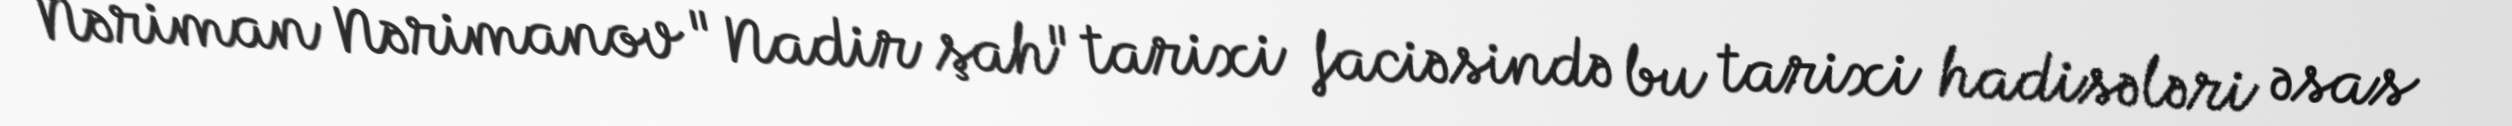
Nəriman Nərimanov "Nadir şah" tarixi faciəsində bu tarixi hadisələri əsas